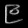
Digit: ၉